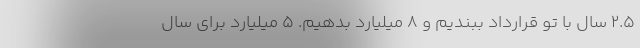
۲.۵ سال با تو قرارداد ببندیم و ۸ میلیارد بدهیم. ۵ میلیارد برای سال